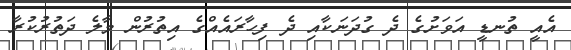
އެއީ ތުނޑީ އަވަށުގެ ދެ ގުދަނަކާއި ދެ ފިހާރައެއްގެ އިތުރުން މާލެ ދަތުރުކުރާ